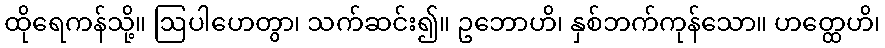
ထိုရေကန်သို့။ ဩပါဟေတွာ၊ သက်ဆင်း၍။ ဥဘောဟိ၊ နှစ်ဘက်ကုန်သော။ ဟတ္ထေဟိ၊